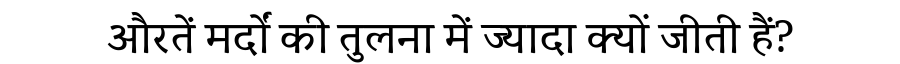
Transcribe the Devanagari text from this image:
औरतें मर्दों की तुलना में ज्यादा क्यों जीती हैं?